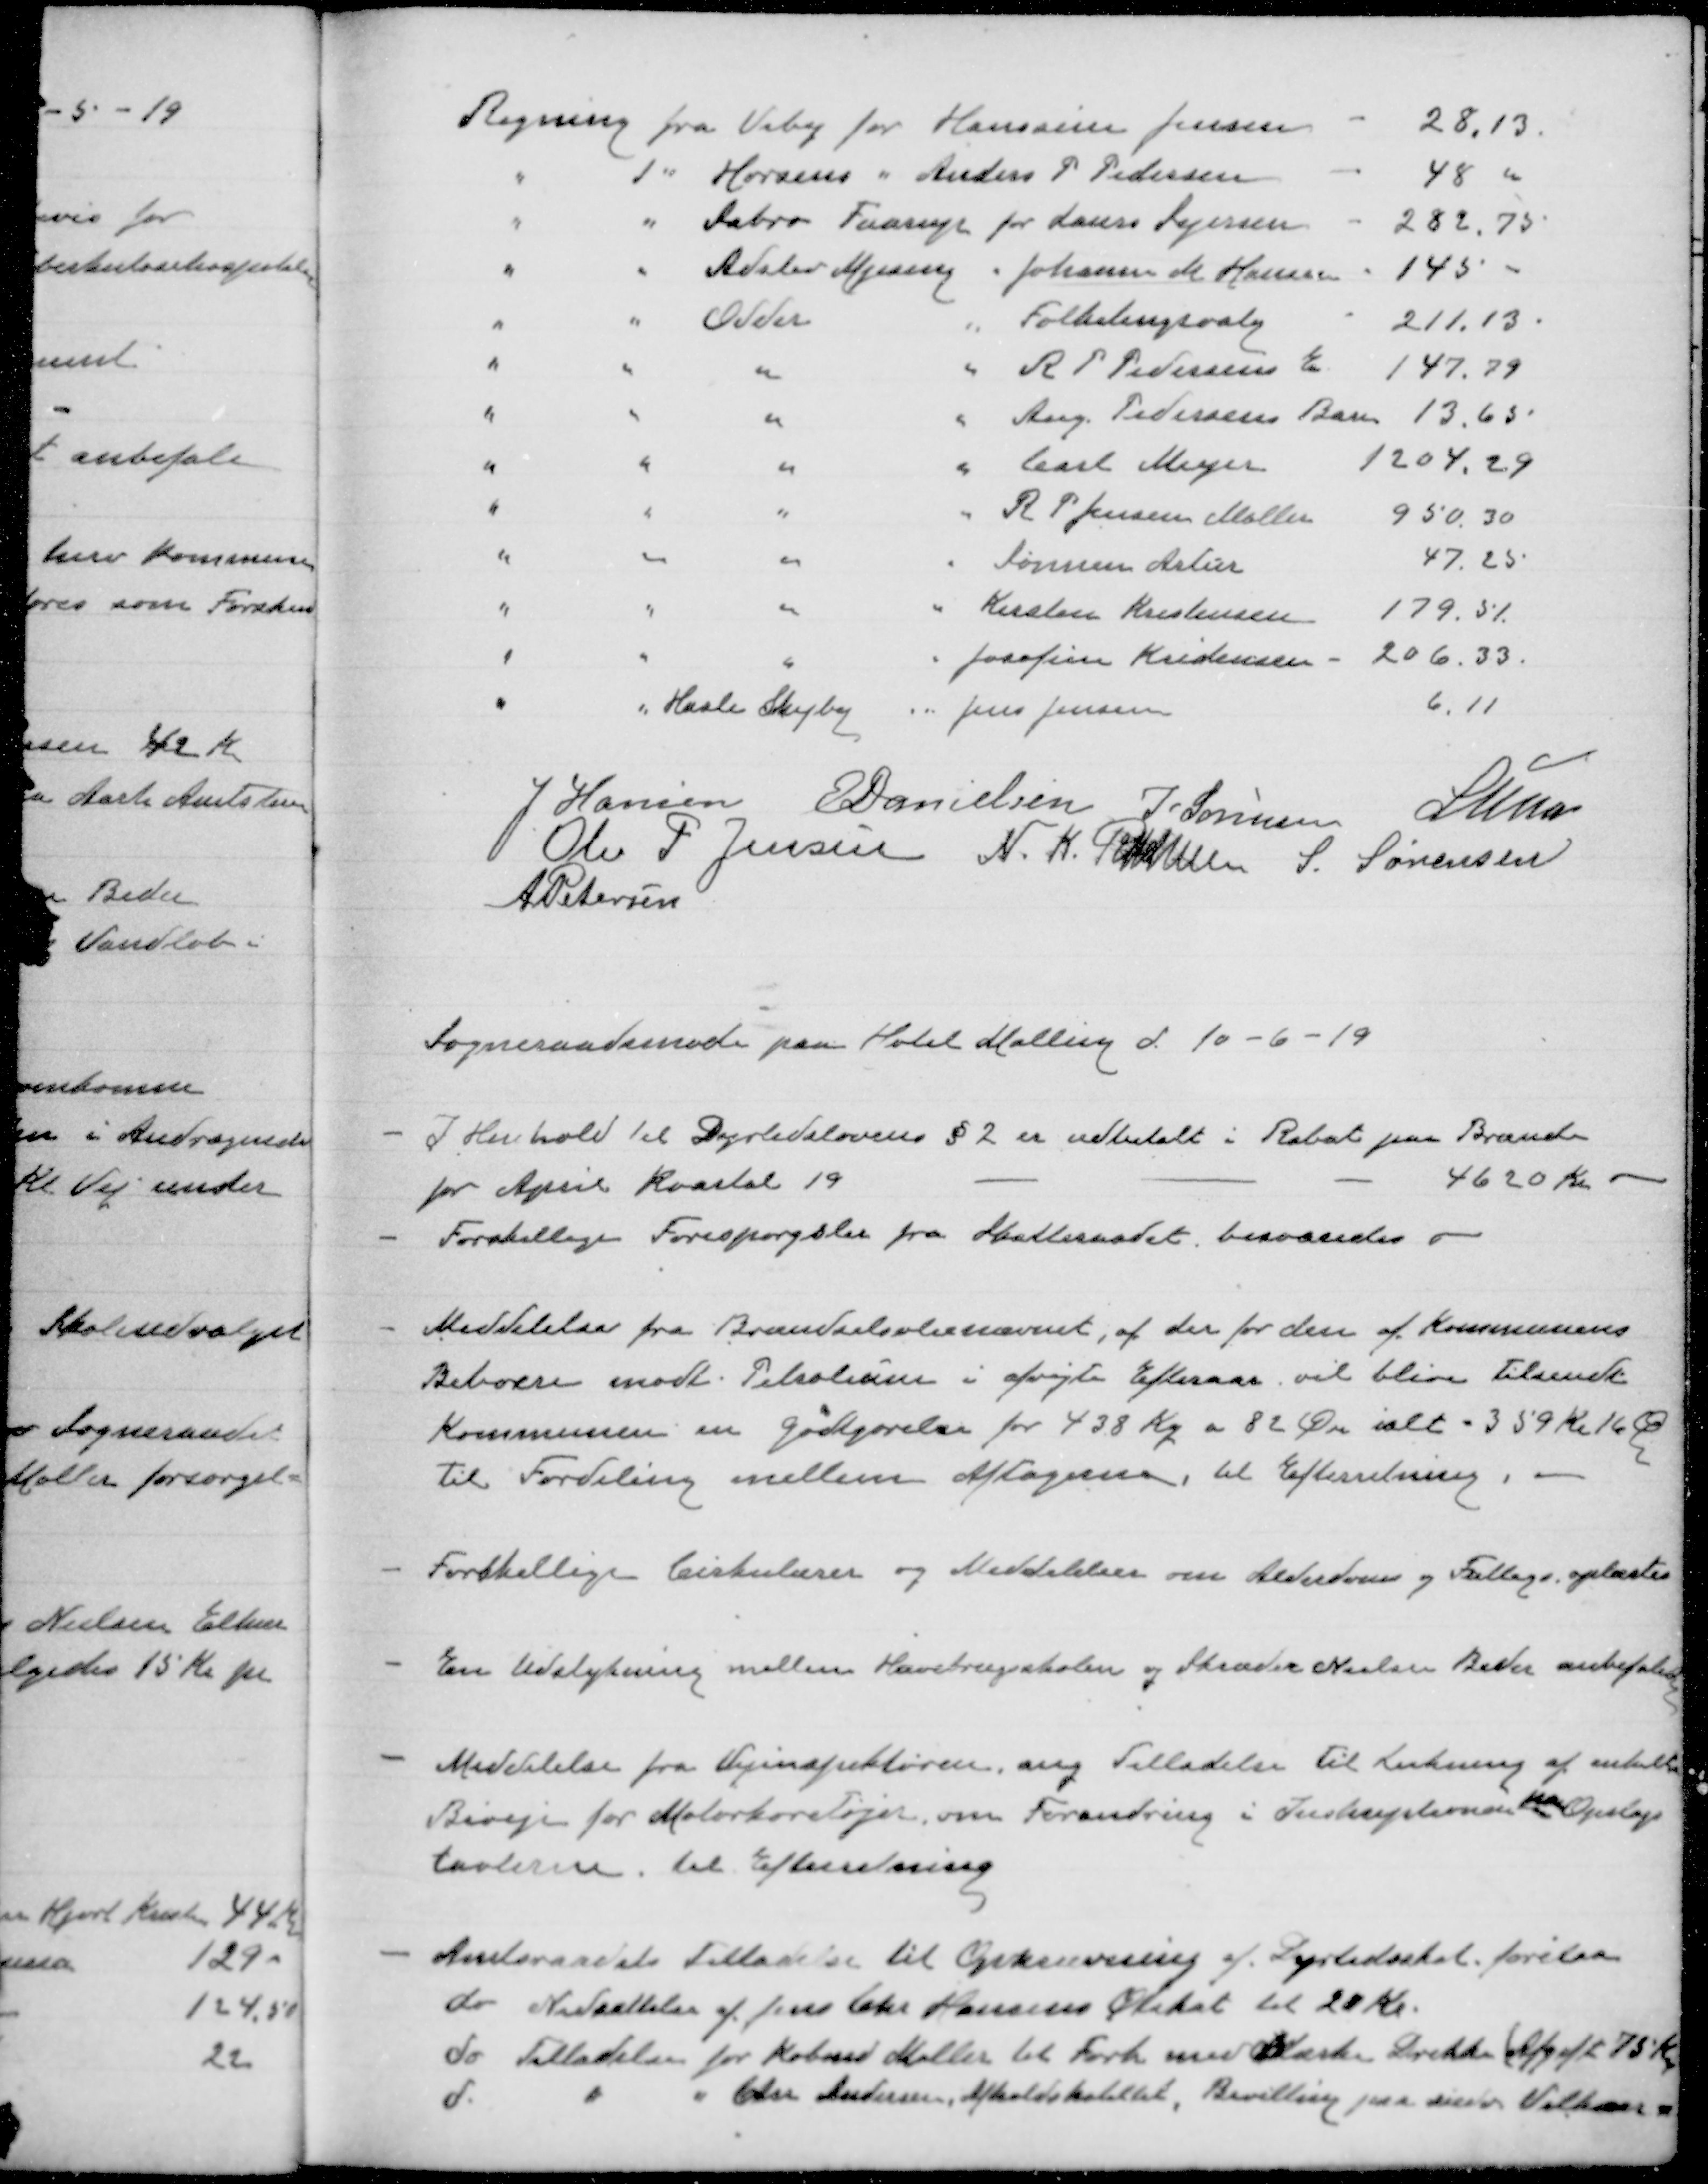
Transskription:
J Hansen
E Danielsen
J Sørensen
Lunn
Ole P Jensen
N.K. Rasmussen
S. Sørensen
A Petersen

Sogneraadsmøde paa Hotel Malling d. 10-6-19

I Henhold til Dyrtidslovens § 2 er udbetalt i Rabat paa Brænde
for April Kvartal 19
4620 Kr
Forskellige Forespørgsler fra Skatteraadet besvaredes

Meddelelse fra Brændselsolienævnet, at der for den af Kommunens
Beboere modt. Petroleum i afvigte Efteraar vil blive Tilsendt
Kommunen en godtgørelse for 438 Kr og 84 Øre, ialt 359Kr16Øre
Til Fordeling mellem Aftagerme, til Efterretning.

Forskellig Cirkulærer og Meddelelser om Alderdom og Fattigs. oplæstes

En udstykning mellem Havebrugsskolen og Skræder Nielsen Beder anbefaledes

Meddelelse fra Vejinspektøren ang Tilladelse til Lukning af enkelte
Biveje for Motorkøretøjer om Forandring i Inskærpelserne paa Opslags
tavlerne. til Efterretning

Amtsraadets Tilladelse til Opkrævning af Dyrtidsskat forelaa
do. Nedsættelse af Jens Chr. Hansens Ølskat til 20 Kr
do. Tilladelse for Købmd Møller til Forh. med LæskeDrikke (Afgift 75 Kr)
d.
" " Gdr Andersen, Afholdshotellet, Bevilling paa  Velkomst